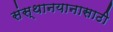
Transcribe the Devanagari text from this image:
संस्थानयानासाठी